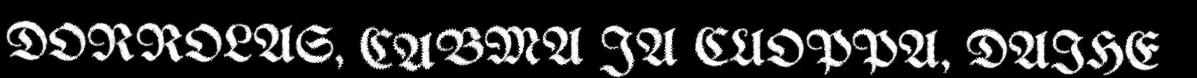
DORROLAS, CABMA JA CUOPPA, DAIHE